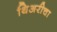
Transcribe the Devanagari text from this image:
थिअरीचा